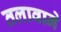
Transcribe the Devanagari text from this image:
तलावाने